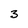
Character: 3